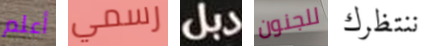
أعلم رسمي دبل للجنون ننتظرك